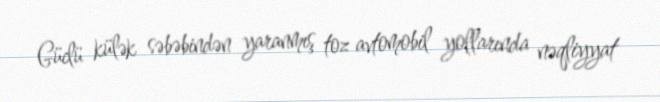
Güclü külək səbəbindən yaranmış toz avtomobil yollarında nəqliyyat